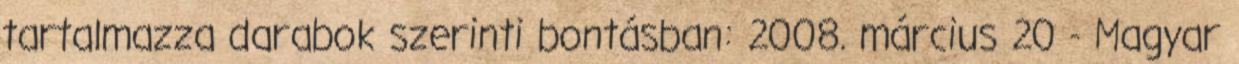
tartalmazza darabok szerinti bontásban: 2008. március 20 - Magyar